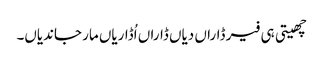
چھیتی ہی فیر ڈاراں دیاں ڈاراں اُڈاریاں مار جاندیاں۔